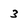
Character: 3